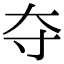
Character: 夺